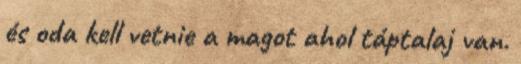
és oda kell vetnie a magot ahol táptalaj van.